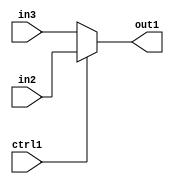
`timescale 1ps / 1ps
/*****************************************************************************
    Verilog RTL Description
    
    
    Created by: Stratus DpOpt 2019.1.01 
*******************************************************************************/

module feature_write_addr_gen_N_Mux_3_2_21_4_0 (
	in3,
	in2,
	ctrl1,
	out1
	); /* architecture "behavioural" */ 
input [2:0] in3,
	in2;
input  ctrl1;
output [2:0] out1;
wire [2:0] asc001;

reg [2:0] asc001_tmp_0;
assign asc001 = asc001_tmp_0;
always @ (ctrl1 or in2 or in3) begin
	case (ctrl1)
		1'B1 : asc001_tmp_0 = in2 ;
		default : asc001_tmp_0 = in3 ;
	endcase
end

assign out1 = asc001;
endmodule

/* CADENCE  uLjzQw8= : u9/ySgnWtBlWxVPRXgAZ4Og= ** DO NOT EDIT THIS LINE ******/